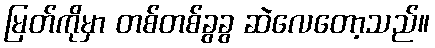
မြတ်ကိုမှာ တစ်တစ်ခွခွ ဆဲလေတော့သည်။